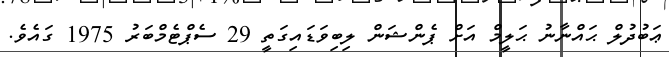
ޢަބުދުލް ޙައްނާނު ޙަލީމް އަށް ޕެންޝަން ލިބިވަޑައިގަތީ 29 ސެޕްޓެމްބަރު 1975 ގައެވެ.